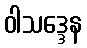
ဝါသဒ္ဒေန